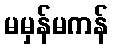
မမှန်မကန်